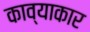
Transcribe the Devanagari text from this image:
काव्याकार